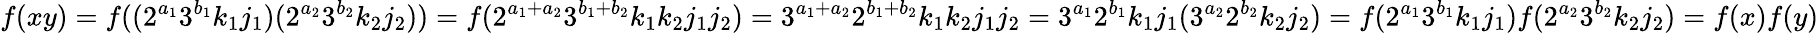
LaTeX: f(xy)=f((2^{a_{1}}3^{b_{1}}k_{1}j_{1})(2^{a_{2}}3^{b_{2}}k_{2}j_{2}))=f(2^{a_{1}+a_{2}}3^{b_{1}+b_{2}}k_{1}k_{2}j_{1}j_{2})=3^{a_{1}+a_{2}}2^{b_{1}+b_{2}}k_{1}k_{2}j_{1}j_{2}=3^{a_{1}}2^{b_{1}}k_{1}j_{1}(3^{a_{2}}2^{b_{2}}k_{2}j_{2})=f(2^{a_{1}}3^{b_{1}}k_{1}j_{1})f(2^{a_{2}}3^{b_{2}}k_{2}j_{2})=f(x)f(y)